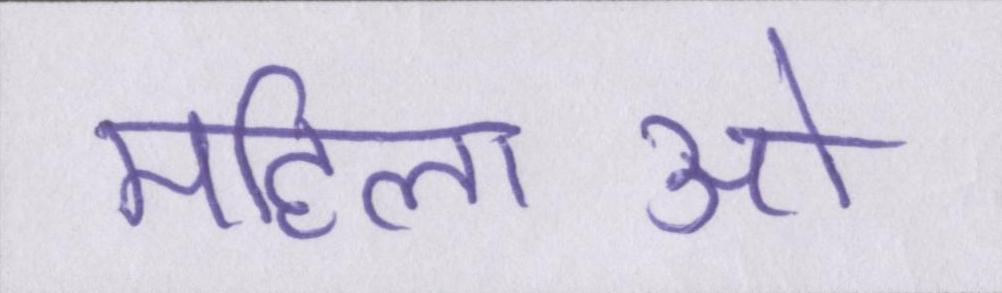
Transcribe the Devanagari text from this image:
महिलाओ